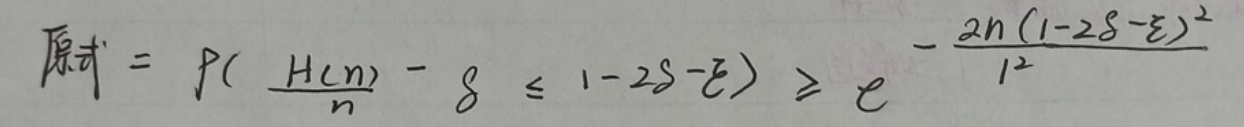
原式$ = P(\frac{H(n)}{n} - \delta \leq 1 - 2\delta - \varepsilon) \geq e^{-\frac{2n(1 - 2\delta - \varepsilon)^2}{l^2}}$